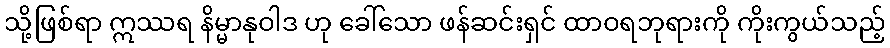
သို့ဖြစ်ရာ ဣဿရ နိမ္မာနုဝါဒ ဟု ခေါ်သော ဖန်ဆင်းရှင် ထာဝရဘုရားကို ကိုးကွယ်သည့်